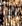
إن